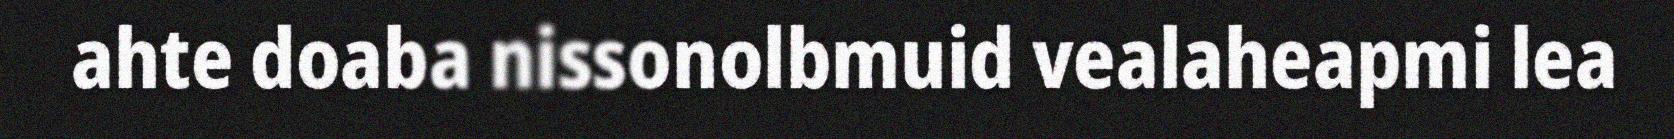
ahte doaba nissonolbmuid vealaheapmi lea